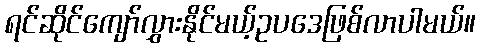
ရင်ဆိုင်ကျော်လွှားနိုင်မယ့်ဥပဒေဖြစ်လာပါမယ်။